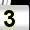
Digit: 3